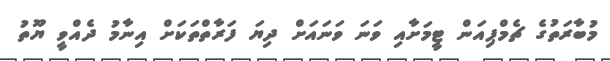
މުބާރަތުގެ ޗެމްޕިއަން ޓީމަށާއި ވަނަ ވަނައަށް ދިޔަ ފަރާތްތަކަށް އިނާމު ދެއްވީ ޔޫތު